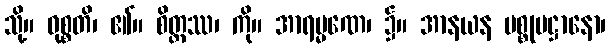
သို့။ ဝုစ္စတိ၊ ၏။ စိတ္တဿ၊ ကို။ အာရမ္မဏေ၊ ၌။ အာနယန ပစ္စုပဋ္ဌာနော၊